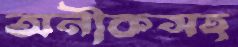
অনীকসহ